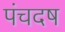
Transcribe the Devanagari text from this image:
पंचदष